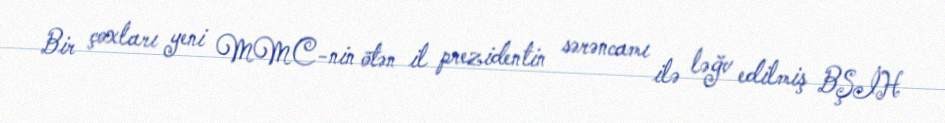
Bir çoxları yeni MMC-nin ötən il prezidentin sərəncamı ilə ləğv edilmiş BŞİH